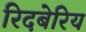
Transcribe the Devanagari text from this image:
रिदबेरिय